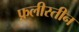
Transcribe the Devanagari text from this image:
फ़लीस्तीन